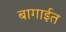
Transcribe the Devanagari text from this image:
बागाईत